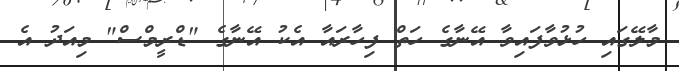
މާލޭގައި ހުޅުވާފައިވާ އޭނާގެ ހަތް ފިހާރައާ އެކު އޭނާގެ "ޑްރީމްސް" މިއަދު އެ